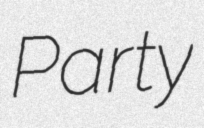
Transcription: Party